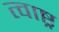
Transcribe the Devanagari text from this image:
त्वाष्ट्र